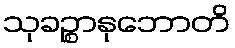
သုခဉ္စာနုဘောတိ